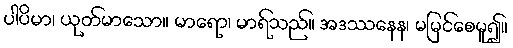
ပါပိမာ၊ ယုတ်မာသော။ မာရော၊ မာရ်သည်။ အဒဿနေန၊ မမြင်စေမူ၍။